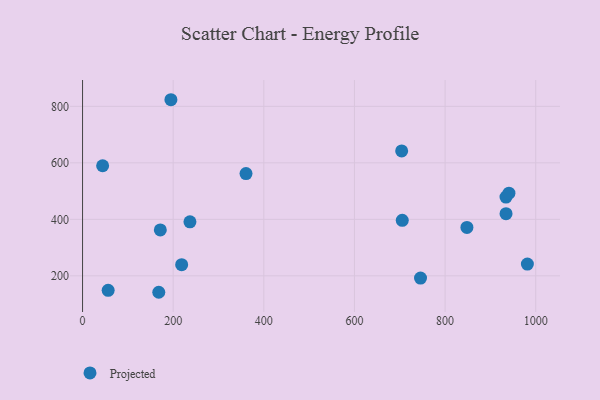
{"axis": {"x": "Investment", "y": "Profit"}, "legend": ["Projected"], "data": [{"x": "704.2", "y": 642.2, "type": "Projected"}, {"x": "745.8", "y": 192.2, "type": "Projected"}, {"x": "168.2", "y": 141.8, "type": "Projected"}, {"x": "934.4", "y": 478.9, "type": "Projected"}, {"x": "848.2", "y": 371.2, "type": "Projected"}, {"x": "44.3", "y": 589.7, "type": "Projected"}, {"x": "705.5", "y": 396.5, "type": "Projected"}, {"x": "940.9", "y": 492.6, "type": "Projected"}, {"x": "981.6", "y": 241.5, "type": "Projected"}, {"x": "360.7", "y": 562.1, "type": "Projected"}, {"x": "171.6", "y": 362.4, "type": "Projected"}, {"x": "934.5", "y": 420.2, "type": "Projected"}, {"x": "195.0", "y": 823.4, "type": "Projected"}, {"x": "56.5", "y": 148.6, "type": "Projected"}, {"x": "218.7", "y": 239.4, "type": "Projected"}, {"x": "237.0", "y": 391.1, "type": "Projected"}]}